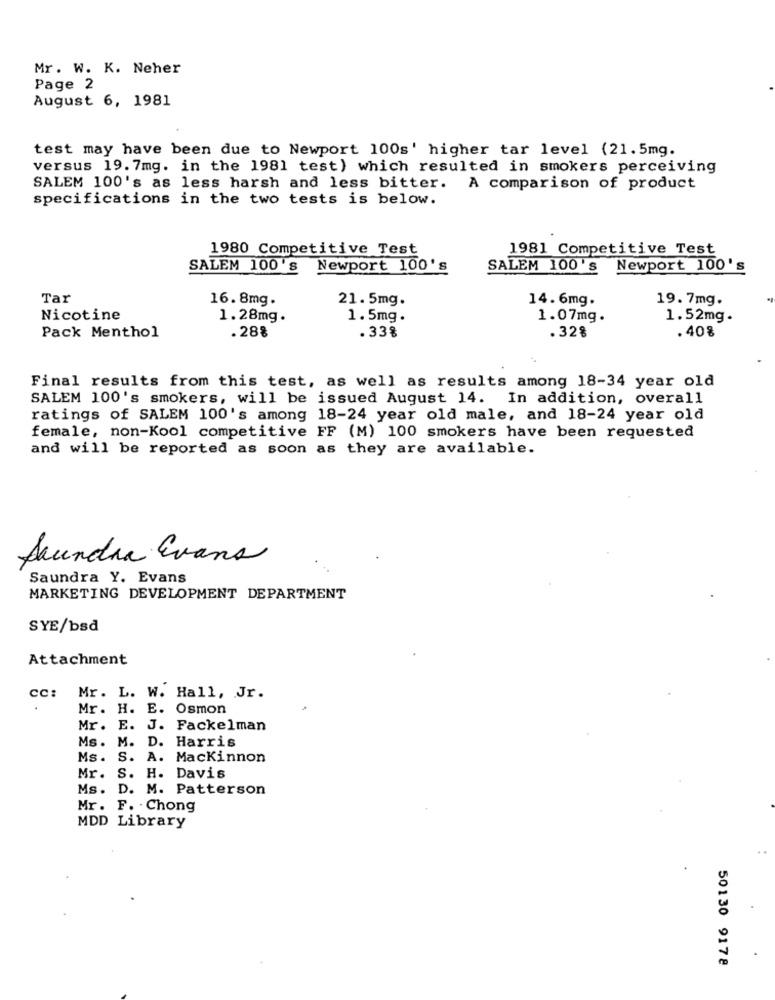
Mr. W. K. Neher
Page 2
August 6, 1981
test may have been due to Newport 100s' higher tar level (21.5mg.
versus 19. 7mg. in the 1981 test) which resulted in smokers perceiving
SALEM 100's as less harsh and less bitter. A comparison of product
specifications in the two tests is below.
1980 Competitive Test
1981 Competitive Test
SALEM 100'S
Newport 100's
SALEM 100's
Newport 100's
Tar
16. 8mg.
21.5mg.
14.6mg.
19. 7mg.
Nicotine
1.28mg.
1.5mg.
1.07mg.
1.52mg.
Pack Menthol
.28%
. 33%
.32%
. 408
Final results from this test, as well as results among 18-34 year old
SALEM 100's smokers, will be issued August 14. In addition, overall
ratings of SALEM 100's among 18-24 year old male, and 18-24 year old
female, non-Kool competitive FF (M) 100 smokers have been requested
and will be reported as soon as they are available.
Saundra Evans
Saundra Y. Evans
MARKETING DEVELOPMENT DEPARTMENT
SYE/bsd
Attachment
CC:
Mr. L. W. Hall, Jr.
.
Mr. H. E. Osmon
Mr. E. J. Fackelman
Ms. M. D. Harris
Ms. S. A. Mackinnon
Mr. S.
H. Davis
Ms. D. M. Patterson
Mr. F. . Chong
MDD Library
50130 9178